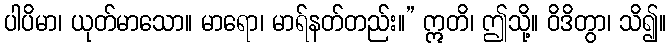
ပါပိမာ၊ ယုတ်မာသော။ မာရော၊ မာရ်နတ်တည်း။” ဣတိ၊ ဤသို့။ ဝိဒိတွာ၊ သိ၍။